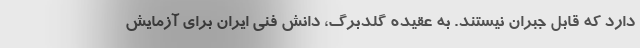
دارد که قابل جبران نیستند. به عقیده گلدبرگ، دانش فنی ایران برای آزمایش